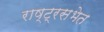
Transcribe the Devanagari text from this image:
राष्ट्रसभेत